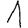
Digit: 1